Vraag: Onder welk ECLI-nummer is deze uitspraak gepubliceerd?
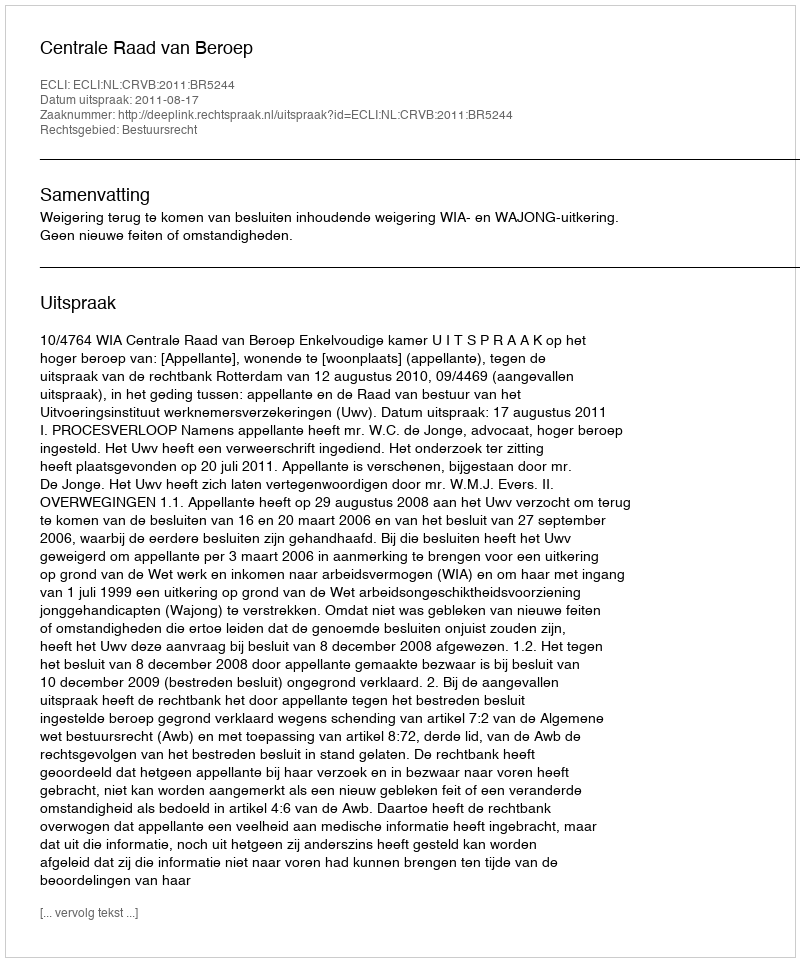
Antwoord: ECLI:NL:CRVB:2011:BR5244